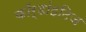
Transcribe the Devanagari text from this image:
कॉर्डांइटिज़